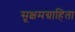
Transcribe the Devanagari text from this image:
सूक्षमग्राहिता